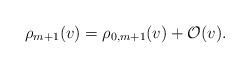
LaTeX: \begin{align*} \rho_{m+1}(v)=\rho_{0,m+1}(v)+\mathcal{O}(v).\end{align*}